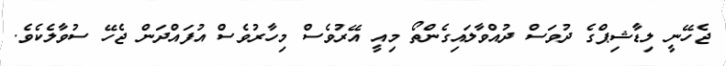
ޖެހޭނީ ލިޑާޝިޕްގެ ދުވަސް ދުއްވާލައިގެންތޯ މިއީ އޭރުވެސް މިހާރުވެސް އުފައްދަން ޖެހޭ ސުވާލެކެވެ.